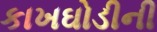
કાખઘોડીની